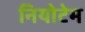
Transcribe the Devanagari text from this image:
नियोटेम